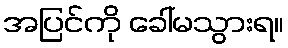
အပြင်ကို ခေါ်မသွားရ။